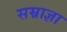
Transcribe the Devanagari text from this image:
सम्राज्ञा